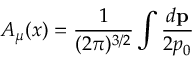
A _ { \mu } ( x ) = \frac 1 { ( 2 \pi ) ^ { 3 / 2 } } \int \frac { d { \bf p } } { 2 p _ { 0 } }